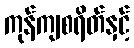
ကုန်ကျစရိတ်နှင့်